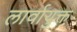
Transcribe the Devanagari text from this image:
लार्वायुक्त